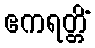
ဧကရတ္တိံ